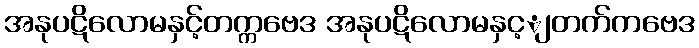
အနုပဋိလောမနှင့်တက္ကဗေဒ အနုပဋိလောမနှင့ျတက်ကဗေဒ